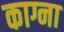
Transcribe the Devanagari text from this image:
काग्ना